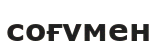
соғумен